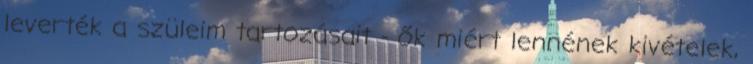
leverték a szüleim tartozásait - ők miért lennének kivételek,